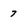
Character: 7